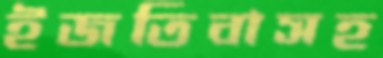
ইজতিবাসহ